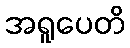
အရူပေတိ